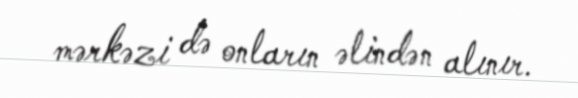
mərkəzi də onların əlindən alınır.